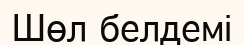
Шөл белдемі